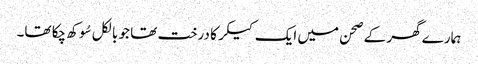
ہمارے گھر کے صحن میں ایک کیکر کا درخت تھا جو بالکل سُوکھ چکا تھا۔